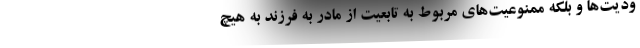
ودیت‌ها و بلکه ممنوعیت‌های مربوط به تابعیت از مادر به فرزند به هیچ